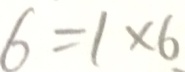
6 = 1 \times 6